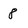
Character: 8